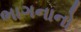
ભાગનાનો